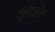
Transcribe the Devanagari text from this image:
फुलेदेखील